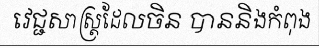
វេជ្ជសាស្ត្រដែលចិន បាននិងកំពុង